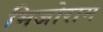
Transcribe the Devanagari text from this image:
मिजोराम